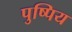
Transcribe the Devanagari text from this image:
पुष्पिय